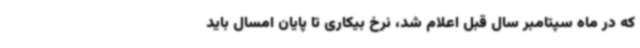
که در ماه سپتامبر سال قبل اعلام شد، نرخ بیکاری تا پایان امسال باید